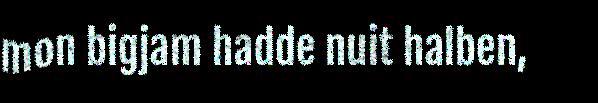
mon bigjam hadde nuit halben,